Civil Veterinary Dept. Bombay admin report 1907-1913 - 1907-1913
Year: 1907
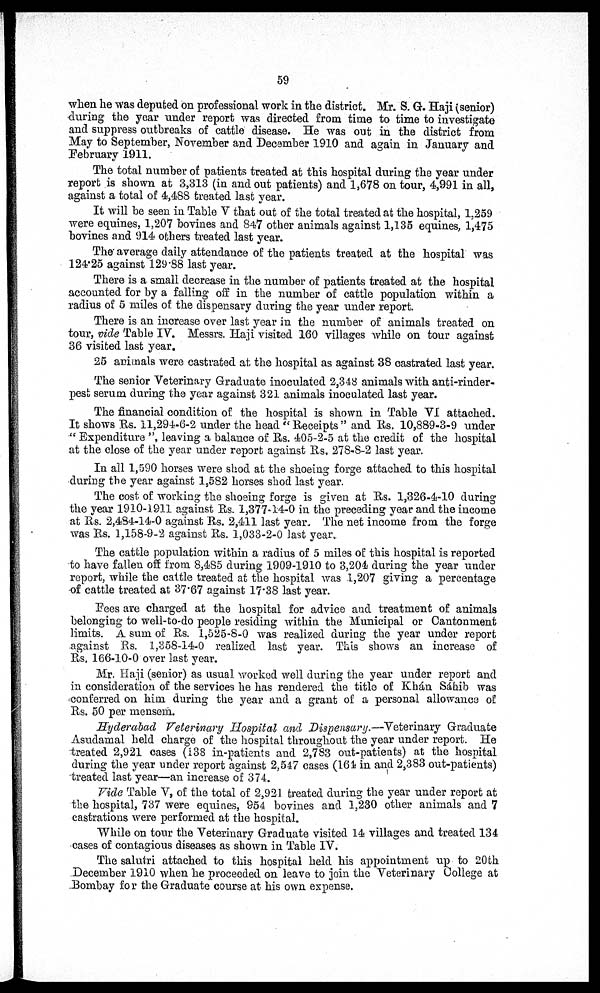
59
when he was deputed on professional work in the district. Mr. S. G. Haji (senior)
during the year under report was directed from time to time to investigate
and suppress outbreaks of cattle disease. He was out in the district from
May to September, November and December 1910 and again in January and
February 1911.
The total number of patients treated at this hospital during the year under
report is shown at 3,313 (in and out patients) and 1,678 on tour, 4,991 in all,
against a total of 4,488 treated last year.
It will be seen in Table V that out of the total treated at the hospital, 1,259
were equines, 1,207 bovines and 847 other animals against 1,135 equines, 1,475
bovines and 914 others treated last year.
The average daily attendance of the patients treated at the hospital was
124.25 against 129.88 last year.
There is a small decrease in the number of patients treated at the hospital
accounted for by a falling off in the number of cattle population within a
radius of 5 miles of the dispensary during the year under report
There is an increase over last year in the number of animals treated on
tour, vide Table IV. Messrs. Haji visited 160 villages while on tour against
36 visited last year.
25 animals were castrated at the hospital as against 38 castrated last year.
The senior Veterinary Graduate inoculated 2,348 animals with anti-rinder-
pest serum during the year against 321 animals inoculated last year.
The financial condition of the hospital is shown in Table VI attached.
It shows Rs. 11,294-6-2 under the head " Receipts " and Rs. 10,889-3-9 under
" Expenditure ", leaving a balance of Rs. 405-2-5 at the credit of the hospital
at the close of the year under report against Rs. 278-8-2 last year.
In all 1,590 horses were shod at the shoeing forge attached to this hospital
during the year against 1,582 horses shod last year.
The cost of working the shoeing forge is given at Rs. 1,326-4-10 during
the year 1910-1911 against Rs. 1,377-14-0 in the preceding year and the income
at Rs. 2,484-14-0 against Rs. 2,411 last year. The net income from the forge
was Rs. 1,158-9-2 against Rs. 1,033-2-0 last year.
The cattle population within a radius of 5 miles of this hospital is reported
to have fallen off from 8,485 during 1909-1910 to 3,204 during the year under
report, while the cattle treated at the hospital was 1,207 giving a percentage
of cattle treated at 37.67 against 17.38 last year.
Pees are charged at the hospital for advice and treatment of animals
belonging to well-to-do people residing within the Municipal or Cantonment
limits. A sum of Rs. 1,525-8-0 was realized during the year under report
against Rs. 1,358-14-0 realized last year. This shows an increase of
Rs. 166-10-0 over last year.
Mr. Haji (senior) as usual worked well during the year under report and
in consideration of the services he has rendered the title of Khan Sahib was
conferred on him during the year and a grant of a personal allowance of
Rs. 50 per mensem.
Hyderabad Veterinary Hospital and Dispensary.—Veterinary Graduate
Asudamal held charge of the hospital throughout the year under report. He
treated 2,921 cases (138 in-natients and 2,783 out-patients) at the hospital
during the year under report against 2,547 cases (164 in and 2,383 out-patients)
treated last year—an increase of 374.
Vide Table V, of the total of 2,921 treated during the year under report at
the hospital, 737 were equines, 954 bovines and 1,230 other animals and 7
castrations were performed at the hospital.
While on tour the Veterinary Graduate visited 14 villages and treated 134
cases of contagious diseases as shown in Table IV.
The salutri attached to this hospital held his appointment up to 20 th
December 1910 when he proceeded on leave to join the Veterinary College at
Bombay for the Graduate course at his own expense.